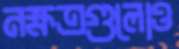
নক্ষত্রগুলোও